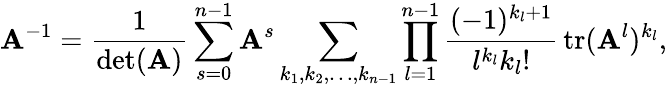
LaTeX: \mathbf{A}^{-1}={\frac{1}{\operatorname*{det}(\mathbf{A})}}\sum_{s=0}^{n-1}\mathbf{A}^{s}\sum_{k_{1},k_{2},\ldots,k_{n-1}}\prod_{l=1}^{n-1}{\frac{(-1)^{k_{l}+1}}{l^{k_{l}}k_{l}!}}\operatorname{tr}(\mathbf{A}^{l})^{k_{l}},